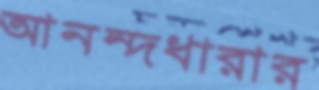
আনন্দধারার